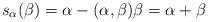
LaTeX: \begin{align*} s_{\alpha}(\beta) = \alpha - (\alpha, \beta)\beta = \alpha + \beta \end{align*}